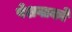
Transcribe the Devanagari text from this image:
पेशवाको